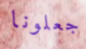
جعلونا